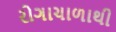
રોગાચાળાથી